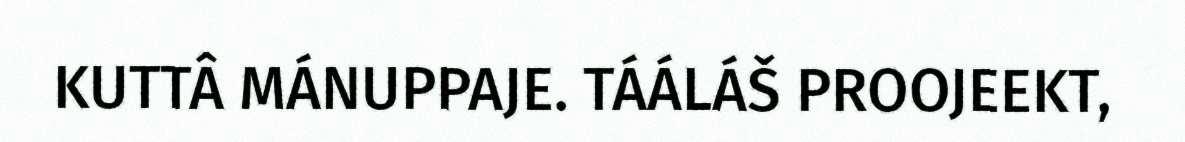
KUTTÂ MÁNUPPAJE. TÁÁLÁŠ PROOJEEKT,